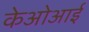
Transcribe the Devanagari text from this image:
केओआई